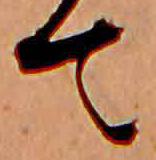
て